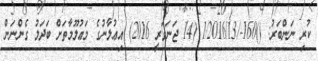
ކުރި ނަންބަރު: ()160-/1/2016/13 (14 ޖަނަވަރީ 2016) އިޢުލާނުގެ މަޢުލޫމާތަށް ބަދަލު ގެންނަން